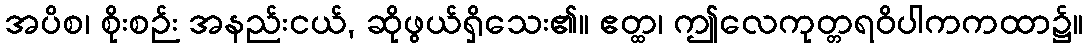
အပိစ၊ စိုးစဉ်း အနည်းငယ်, ဆိုဖွယ်ရှိသေး၏။ ဧတ္ထ၊ ဤလေကုတ္တရဝိပါကကထာ၌။